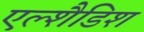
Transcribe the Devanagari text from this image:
एल्शैडिश